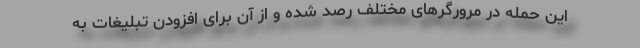
این حمله در مرورگرهای مختلف رصد شده و از آن برای افزودن تبلیغات به